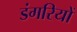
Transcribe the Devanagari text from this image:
डंगरियों